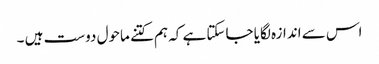
اس سے اندازہ لگایا جاسکتا ہے کہ ہم کتنے ماحول دوست ہیں ۔